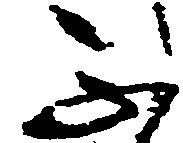
不